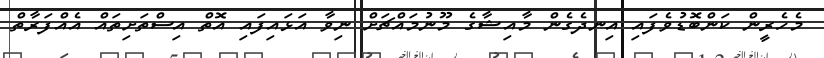
މެހެރީން ކަންބޮޑުވެފައި އިނދެގެން މާއިޝާގެ މޫނުމައްޗަށް ނިވާ އަޅައިފައި އޮތް އިސްތަށިތައް އެއްފަރާތް